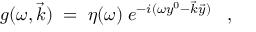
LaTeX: g ( \omega , \vec { k } ) \; = \; \eta ( \omega ) \; e ^ { - i ( \omega y ^ { 0 } - \vec { k } \vec { y } ) } \; \; \; ,